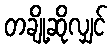
တချို့ဆိုလျှင်